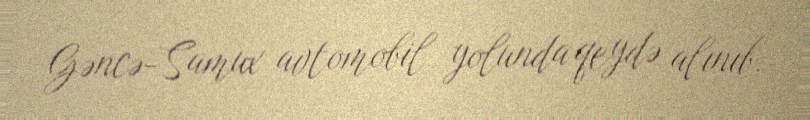
Gəncə-Samux avtomobil yolunda qeydə alınıb.